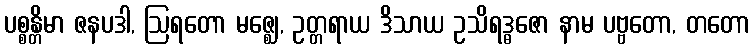
ပစ္စန္တိမာ ဇနပဒါ, ဩရတော မဇ္ဈေ, ဥတ္တရာယ ဒိသာယ ဥသိရဒ္ဓဇော နာမ ပဗ္ဗတော, တတော